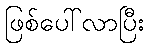
ဖြစ်ပေါ်လာပြီး